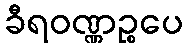
ခီရဝဏ္ဏဉ္စပေ